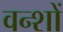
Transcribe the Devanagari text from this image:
वन्शों